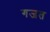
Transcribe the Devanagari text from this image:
गजत